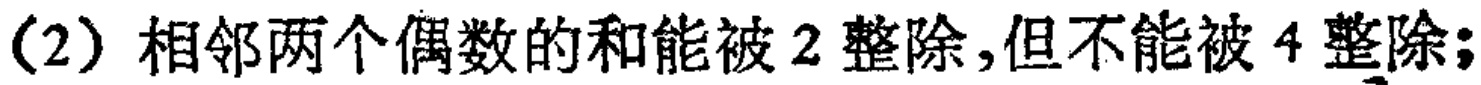
(2) 相邻两个偶数的和能被 2 整除,但不能被 4 整除;